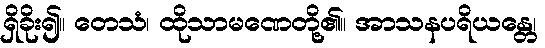
ရှိခိုး၍။ တေသံ၊ ထိုသာမဏေတို့၏။ အာသနပရိယန္တေ၊